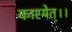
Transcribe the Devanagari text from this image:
कारयेत्।।